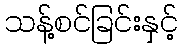
သန့်စင်ခြင်းနှင့်